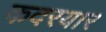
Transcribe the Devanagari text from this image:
कदरयार